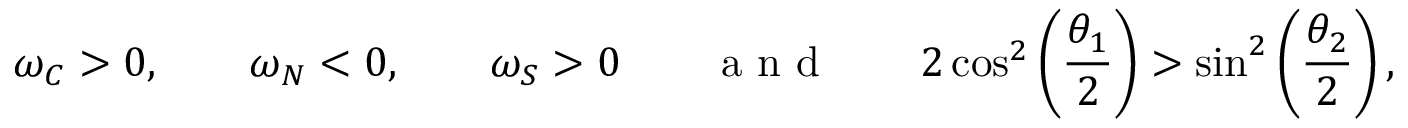
\omega _ { C } > 0 , \qquad \omega _ { N } < 0 , \qquad \omega _ { S } > 0 \qquad \textnormal { a n d } \qquad 2 \cos ^ { 2 } \left( \frac { \theta _ { 1 } } { 2 } \right) > \sin ^ { 2 } \left( \frac { \theta _ { 2 } } { 2 } \right) ,